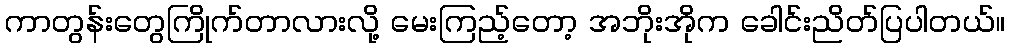
ကာတွန်းတွေကြိုက်တာလားလို့ မေးကြည့်တော့ အဘိုးအိုက ခေါင်းညိတ်ပြပါတယ်။